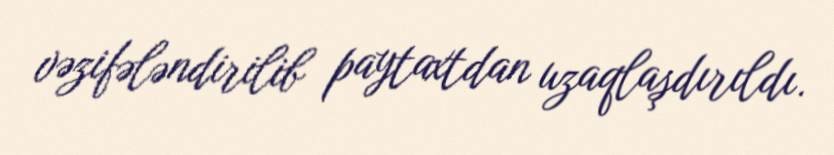
vəzifələndirilib paytaxtdan uzaqlaşdırıldı.